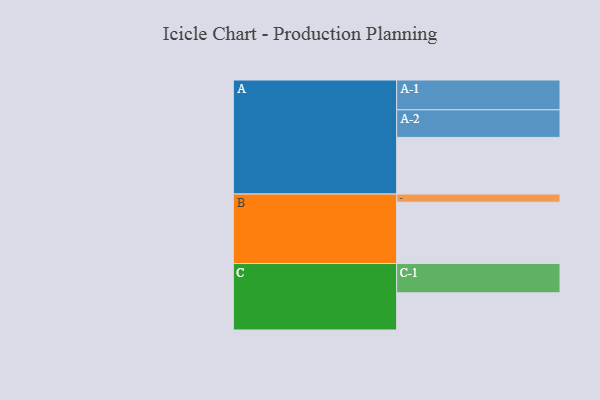
{"axis": {"x": "Segment", "y": "Value"}, "legend": ["", "A", "B", "C"], "data": [{"x": "A", "y": 507, "type": ""}, {"x": "B", "y": 549, "type": ""}, {"x": "C", "y": 333, "type": ""}, {"x": "A-1", "y": 267, "type": "A"}, {"x": "A-2", "y": 247, "type": "A"}, {"x": "B-1", "y": 73, "type": "B"}, {"x": "C-1", "y": 262, "type": "C"}]}